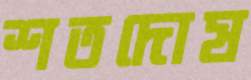
শতদোষ